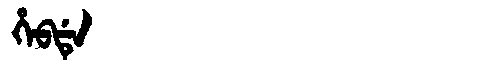
Manchu: ᡥᡝᠪᡩᡝ
Romanization: HEBDE